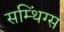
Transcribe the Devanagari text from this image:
सम्थिंग्स